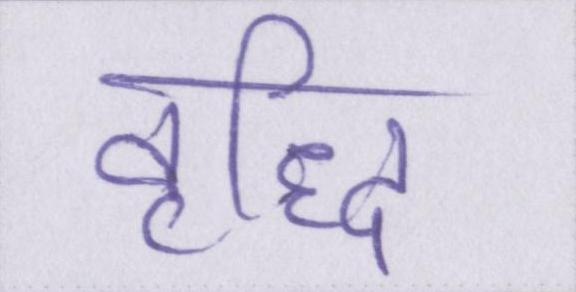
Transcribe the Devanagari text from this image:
वृद्धि